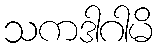
သကဒါဂါမိ